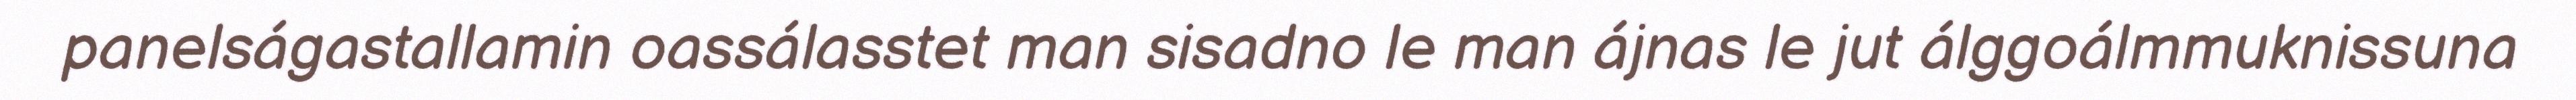
panelságastallamin oassálasstet man sisadno le man ájnas le jut álggoálmmuknissuna